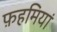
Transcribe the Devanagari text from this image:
फ़हमियां